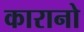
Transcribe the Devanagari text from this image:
कारानो